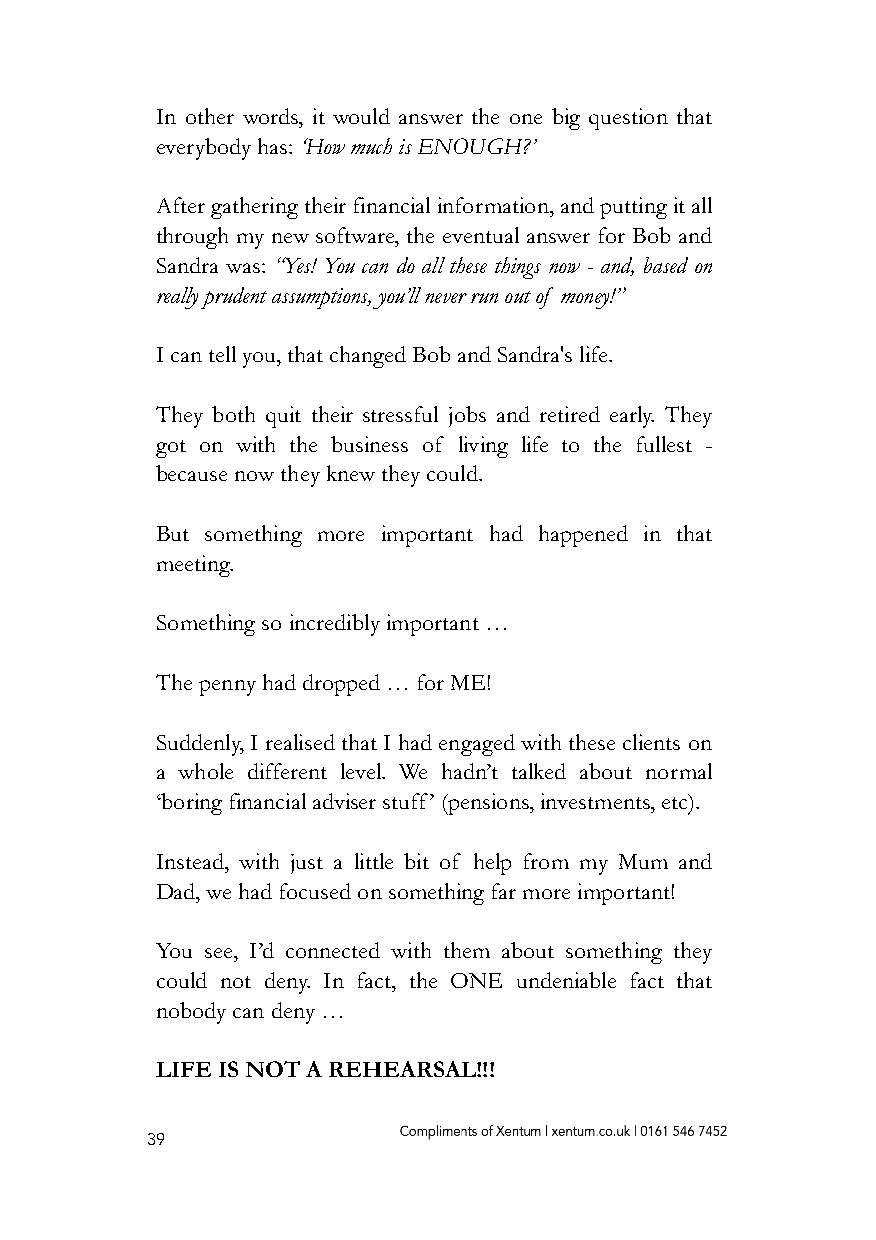
In other words, it would answer the one big question that
 everybody has: ‘How much is ENOUGH?’
 After gathering their financial information, and putting it all
 through my new software, the eventual answer for Bob and
 Sandra was: “Yes! You can do all these things now - and, based on
 really prudent assumptions, you’ll never run out of money!”
 I can tell you, that changed Bob and Sandra's life.
 They both quit their stressful jobs and retired early. They
 got on with the business of living life to the fullest -
 because now they knew they could.
 But something more important had happened in that
 meeting.
 Something so incredibly important …
 The penny had dropped … for ME!
 Suddenly, I realised that I had engaged with these clients on
 a whole different level. We hadn’t talked about normal
 ‘boring financial adviser stuff’ (pensions, investments, etc).
 Instead, with just a little bit of help from my Mum and
 Dad, we had focused on something far more important!
 You see, I’d connected with them about something they
 could not deny. In fact, the ONE undeniable fact that
 nobody can deny …
 LIFE IS NOT A REHEARSAL!!!
 39